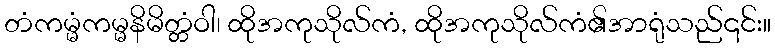
တံကမ္မံကမ္မနိမိတ္တံဝါ၊ ထိုအကုသိုလ်ကံ, ထိုအကုသိုလ်ကံ၏အာရုံသည်၎င်း။